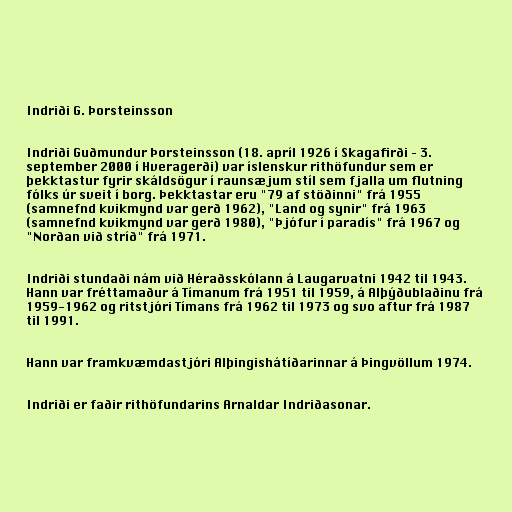
Indriði G. Þorsteinsson

Indriði Guðmundur Þorsteinsson (18. apríl 1926 í Skagafirði – 3.
september 2000 í Hveragerði) var íslenskur rithöfundur sem er
þekktastur fyrir skáldsögur í raunsæjum stíl sem fjalla um flutning
fólks úr sveit í borg. Þekktastar eru "79 af stöðinni" frá 1955
(samnefnd kvikmynd var gerð 1962), "Land og synir" frá 1963
(samnefnd kvikmynd var gerð 1980), "Þjófur í paradís" frá 1967 og
"Norðan við stríð" frá 1971.

Indriði stundaði nám við Héraðsskólann á Laugarvatni 1942 til 1943.
Hann var fréttamaður á Tímanum frá 1951 til 1959, á Alþýðublaðinu frá
1959-1962 og ritstjóri Tímans frá 1962 til 1973 og svo aftur frá 1987
til 1991.

Hann var framkvæmdastjóri Alþingishátíðarinnar á Þingvöllum 1974.

Indriði er faðir rithöfundarins Arnaldar Indriðasonar.